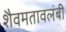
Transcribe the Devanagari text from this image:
शैवमतावलंबी